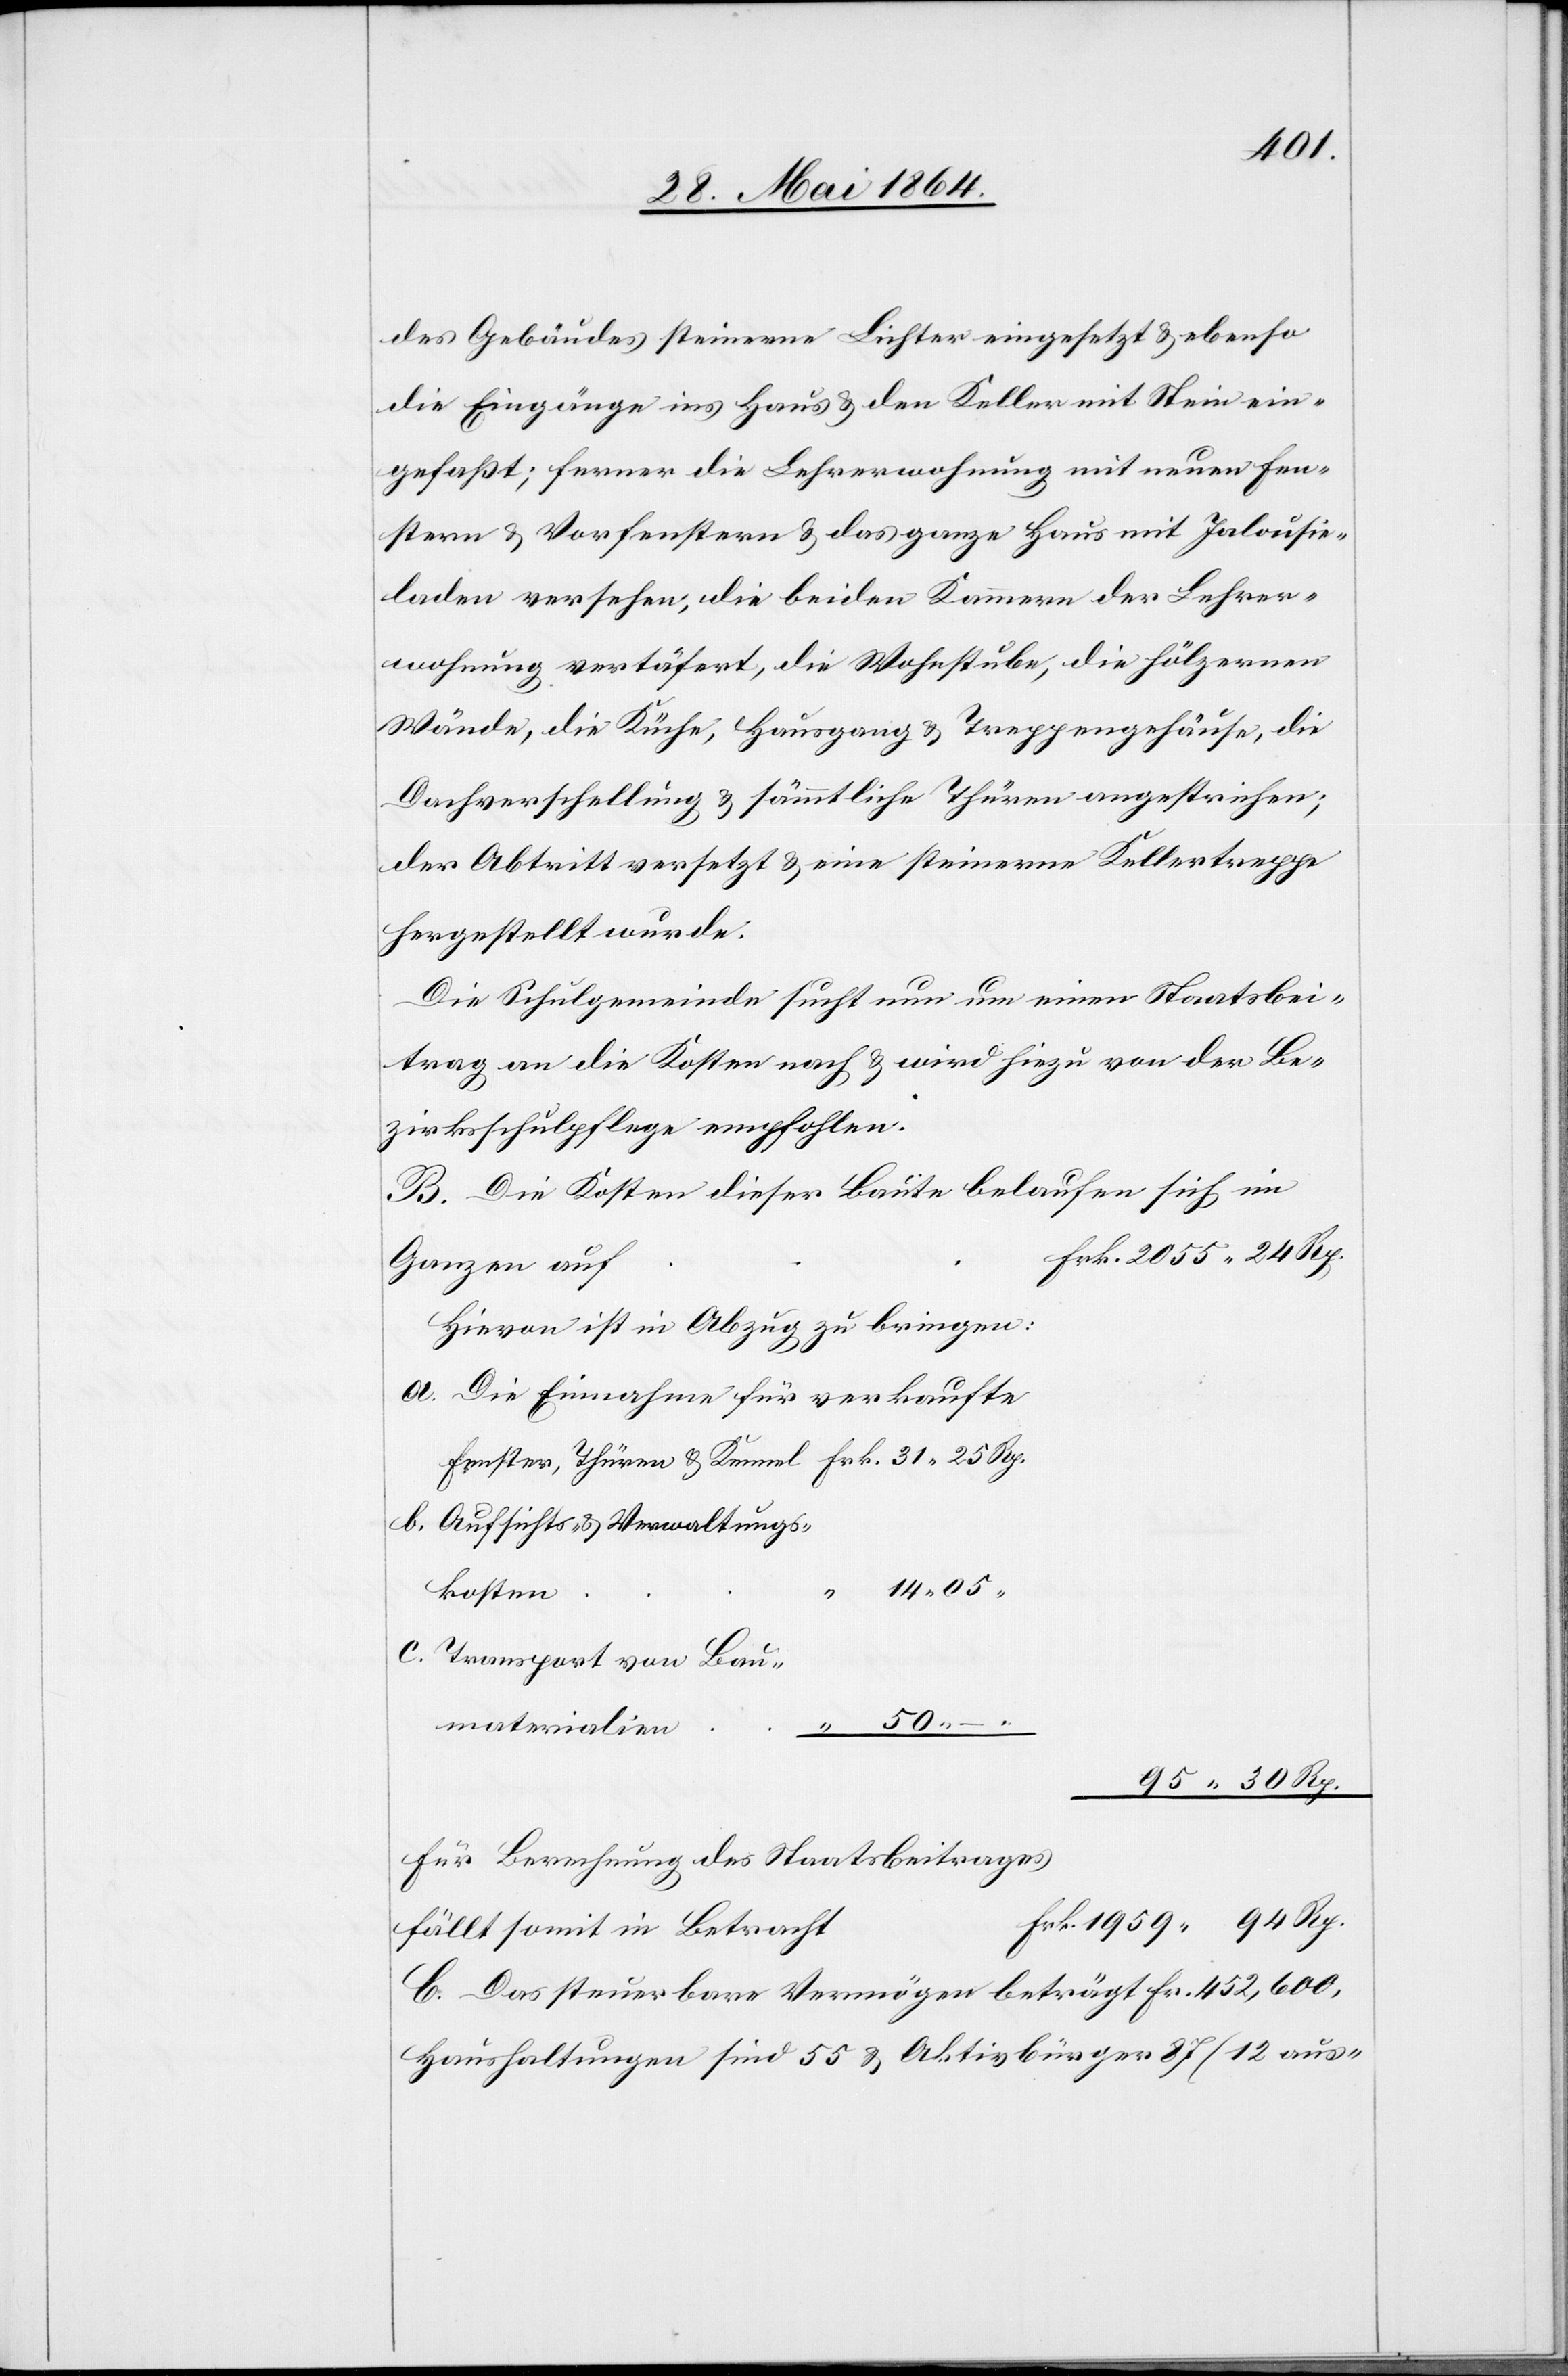
des Gebäudes steinerne Lichter eingesetzt u. ebenso
die Eingänge ins Haus u. den Keller mit Stein ein¬
gefaßt; ferner die Lehrerwohnung mit neuen Fen¬
stern u. Vorfenstern u. das ganze Haus mit Jalousie¬
laden versehen, die beiden Kammern der Lehrer¬
wohnung vertäfert, die Wohnstube, die hölzernen
Wände, die Küche, Hausgang u. Treppengehäuse, die
Dachverschallung u. sämmtliche Thüren angestrichen;
der Abtritt versetzt u. eine steinerne Kellertreppe
hergestellt wurde.
Die Schulgemeinde sucht nun um einen Staatsbei¬
trag an die Kosten nach u. wird hiezu von der Be¬
zirksschulpflege empfohlen.
B. Die Kosten dieser Baute belaufen sich im
Hievon ist in Abzug zu bringen:
a. Die Einnahme für verkaufte
b. Aufsichts- u. Verwaltungs¬
t		F¬
kosten
c. Transport von Bau¬
materialien
95 30 Rp.
Für Berechnung des Staatsbeitrages
rk.	1959 94 Rp.
fällt somit in Betrach¬
C. Das steuerbare Vermögen beträgt Fr. 452,600,
Haushaltungen sind 55 u. Aktivbürger 87 (12 aus-